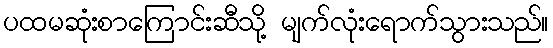
ပထမဆုံးစာကြောင်းဆီသို့ မျက်လုံးရောက်သွားသည်။